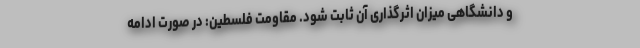
و دانشگاهی میزان اثرگذاری آن ثابت شود. مقاومت فلسطین: در صورت ادامه